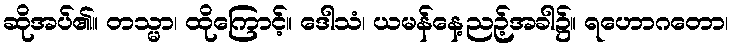
ဆိုအပ်၏။ တသ္မာ၊ ထိုကြောင့်။ ဒေါသံ၊ ယမန်နေ့ညဉ့်အခါ၌။ ရဟောဂတော၊